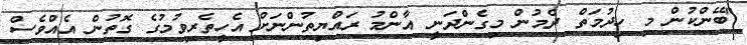
"ބޭންކުން މި ހިދުމަތް ދެމުން މިގެންދަނީ އާންމު ރައްޔިތުންނަށް އެހީތެރިވުމުގެ ގޮތުން އެއްވެސް